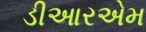
ડીઆરએમ